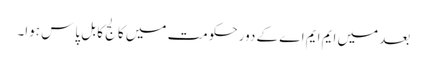
بعد میں ایم ایم اے کے دور حکومت میں کالج کا بل پاس ہوا۔